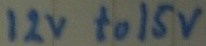
Text: 12v to 15v